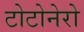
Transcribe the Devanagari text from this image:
टोटोनेरो